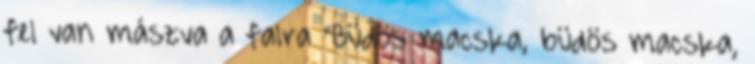
fel van mászva a falra "Büdös macska, büdös macska,